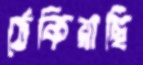
ঠেকিয়াছি